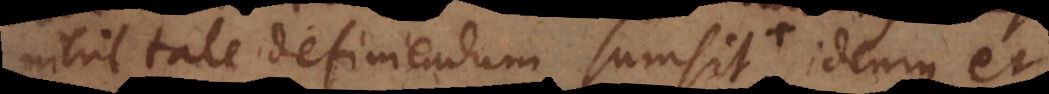
nihil tale definiendum sumsit idemque et